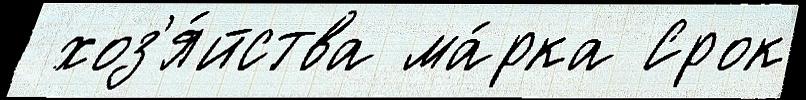
 хоз'я́йства ма́рка Срок